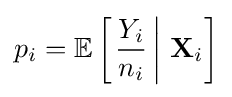
p_{i}=\operatorname {\mathbb {E} } \left[\left.{\frac {Y_{i}}{n_{i}}}\,\right|\,\mathbf {X} _{i}\right]